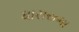
ધારાસભા